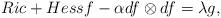
LaTeX: \begin{align*}Ric+Hessf-\alpha df \otimes df=\lambda g,\end{align*}